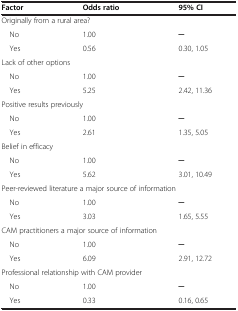
<table><thead><tr><td><b>Factor</b></td><td><b>Odds ratio</b></td><td><b>95% CI</b></td></tr></thead><tbody><tr><td colspan="3">Originally from a rural area?</td></tr><tr><td> No</td><td>1.00</td><td>─</td></tr><tr><td> Yes</td><td>0.56</td><td>0.30, 1.05</td></tr><tr><td colspan="3">Lack of other options</td></tr><tr><td> No</td><td>1.00</td><td>─</td></tr><tr><td> Yes</td><td>5.25</td><td>2.42, 11.36</td></tr><tr><td colspan="3">Positive results previously</td></tr><tr><td> No</td><td>1.00</td><td>─</td></tr><tr><td> Yes</td><td>2.61</td><td>1.35, 5.05</td></tr><tr><td colspan="3">Belief in efficacy</td></tr><tr><td> No</td><td>1.00</td><td>─</td></tr><tr><td> Yes</td><td>5.62</td><td>3.01, 10.49</td></tr><tr><td colspan="3">Peer-reviewed literature a major source of information</td></tr><tr><td> No</td><td>1.00</td><td>─</td></tr><tr><td> Yes</td><td>3.03</td><td>1.65, 5.55</td></tr><tr><td colspan="3">CAM practitioners a major source of information</td></tr><tr><td> No</td><td>1.00</td><td>─</td></tr><tr><td> Yes</td><td>6.09</td><td>2.91, 12.72</td></tr><tr><td colspan="3">Professional relationship with CAM provider</td></tr><tr><td> No</td><td>1.00</td><td>─</td></tr><tr><td> Yes</td><td>0.33</td><td>0.16, 0.65</td></tr></tbody></table>